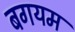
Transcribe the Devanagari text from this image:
बगयम